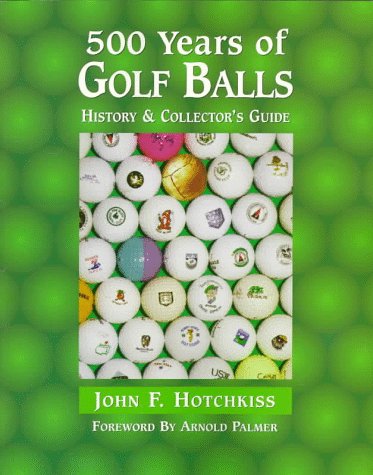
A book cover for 500 Years of Golf Balls: History & Collector's Guide; John F. Hotchkiss; Crafts, Hobbies & Home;